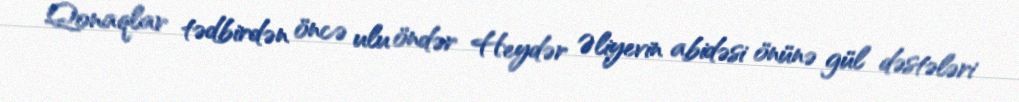
Qonaqlar tədbirdən öncə ulu öndər Heydər Əliyevin abidəsi önünə gül dəstələri